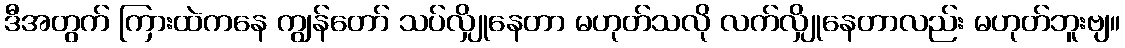
ဒီအတွက် ကြားထဲကနေ ကျွန်တော် သပ်လျှိုနေတာ မဟုတ်သလို လက်လျှိုနေတာလည်း မဟုတ်ဘူးဗျ။